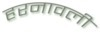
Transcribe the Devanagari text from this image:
हरनावली